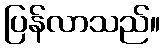
ပြန်လာသည်။